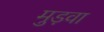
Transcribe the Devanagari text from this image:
मुड़वा